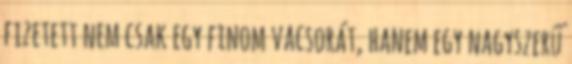
fizetett nem csak egy finom vacsorát, hanem egy nagyszerű